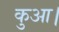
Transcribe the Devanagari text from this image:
कुआ।